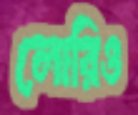
লোরিও